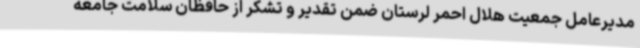
مدیرعامل جمعیت هلال احمر لرستان ضمن تقدیر و تشکر از حافظان سلامت جامعه